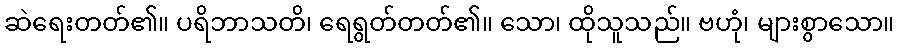
ဆဲရေးတတ်၏။ ပရိဘာသတိ၊ ရေရွတ်တတ်၏။ သော၊ ထိုသူသည်။ ဗဟုံ၊ များစွာသော။